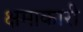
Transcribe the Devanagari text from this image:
क्षमाकारी